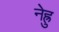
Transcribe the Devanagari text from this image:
नेह्रु